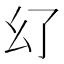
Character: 𢆳